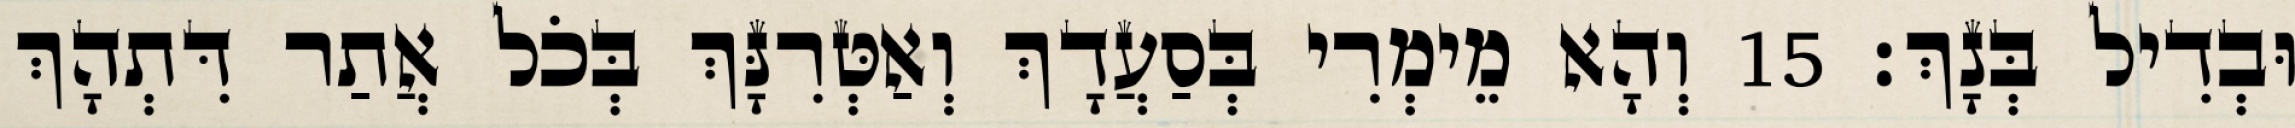
וּבְדִיל בְּנָךְ׃ 15 וְהָא מֵימְרִי בְּסַעֲדָךְ וְאַטְּרִנָּךְ בְּכֹל אֲתַר דִּתְהָךְ